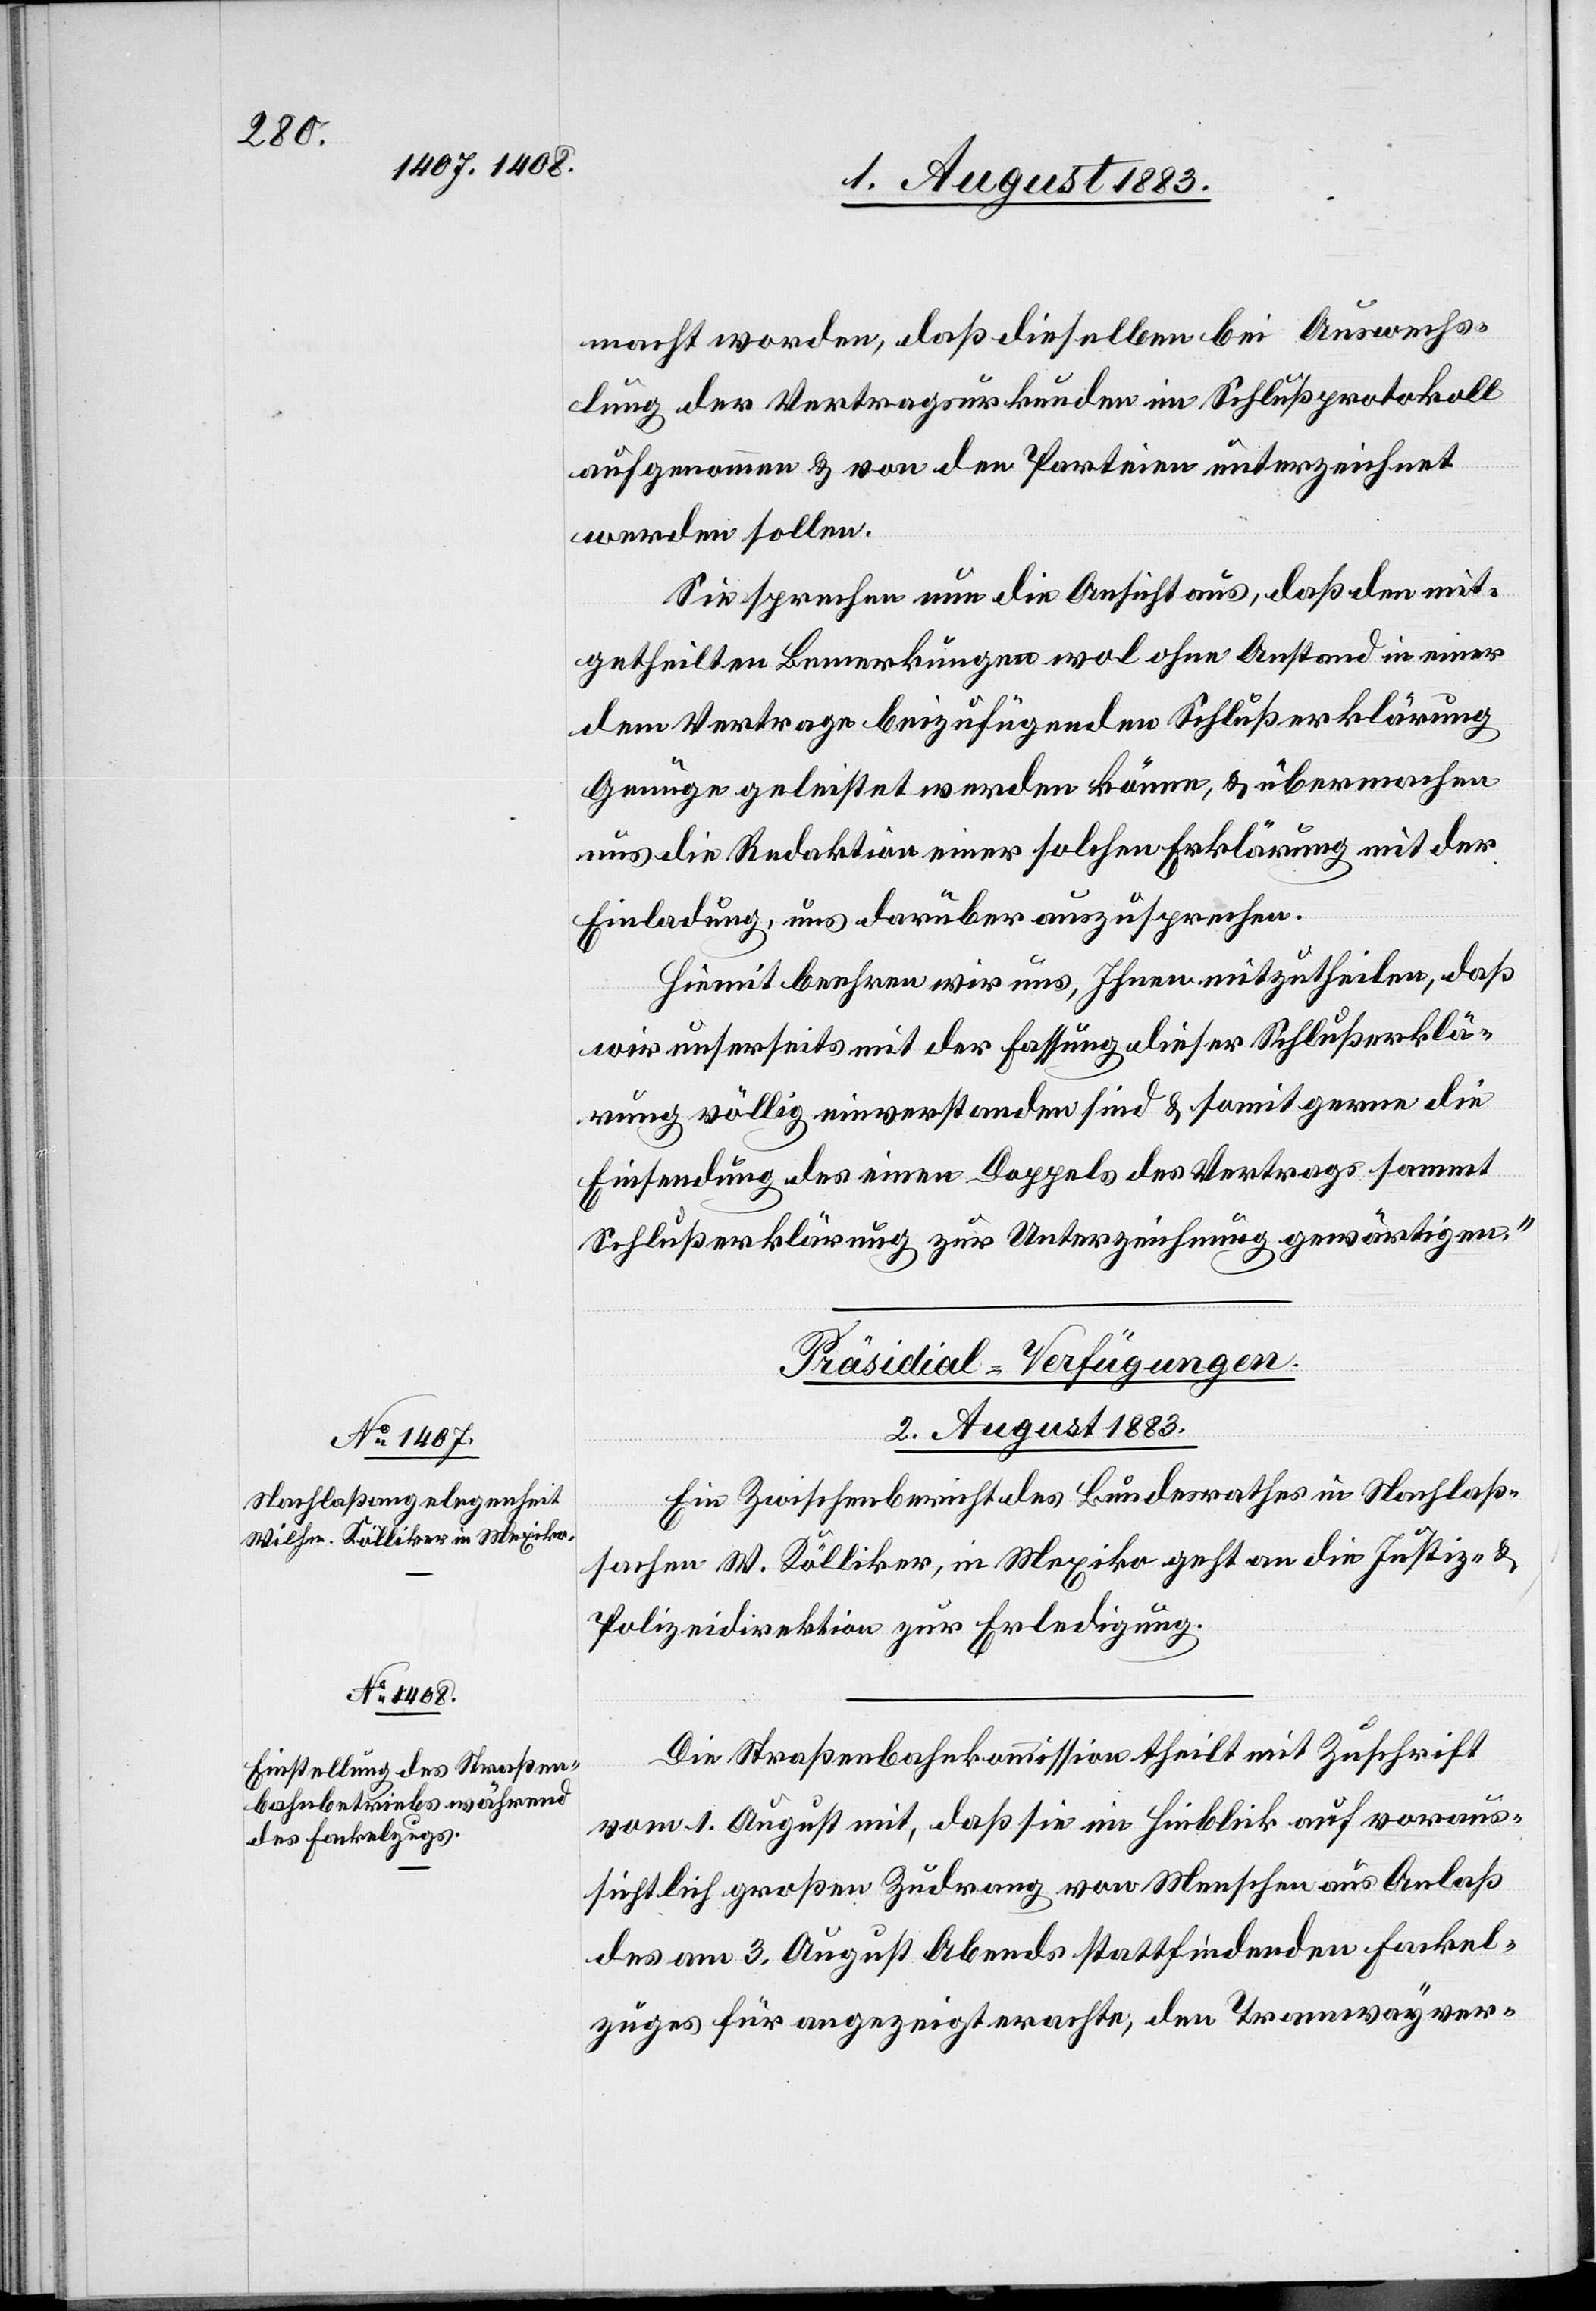
macht worden, daß dieselben bei Auswechs¬
lung der Vertragsurkunden im Schlußprotokoll
aufgenommen & von den Parteien unterzeichnet
werden sollen.
Sie sprechen nun die Ansicht aus, daß den mit¬
getheilten Bemerkungen wol ohne Anstand in einer
dem Vertrag beizufügenden Schlußerklärung
Genüge geleistet werden könne, & übermachen
uns die Redaktion einer solchen Erklärung mit der
Einladung, uns darüber auszusprechen.
Hiemit beehren wird uns, Ihnen mitzutheilen, daß
wir unserseits mit der Fassung dieser Schlußerklä¬
rung völlig einverstanden sind & somit gerne die
Einsendung des einen Doppels des Vertrages sammt
Schlußerklärung zur Unterzeichnung gewärtigen.“
[Präsidial-Verfügungen.
2. August 1883.]
Ein Zwischenbericht des Bundesrathes in Nachlaß¬
sachen W. Kölliker, in Mexiko geht an die Justiz- &
Polizeidirektion zur Erledigung.
Die Straßenbahnkommission theilt mit Zuschrift
vom 1. August mit, daß sie im Hinblick auf voraus¬
sichtlich großen Zudrang von Menschen aus Anlaß
des am 3. August Abends stattfindenden Fackel¬
zuges für angezeigt erachte, den Tramwayver-